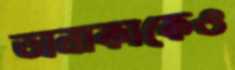
তানাকাকেও